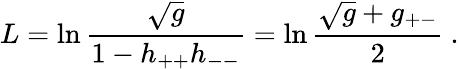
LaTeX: L=\ln\frac{\sqrt g}{1-h_{++}h_{--}}=\ln\frac{\sqrt g+g_{+-}}{2}\ .